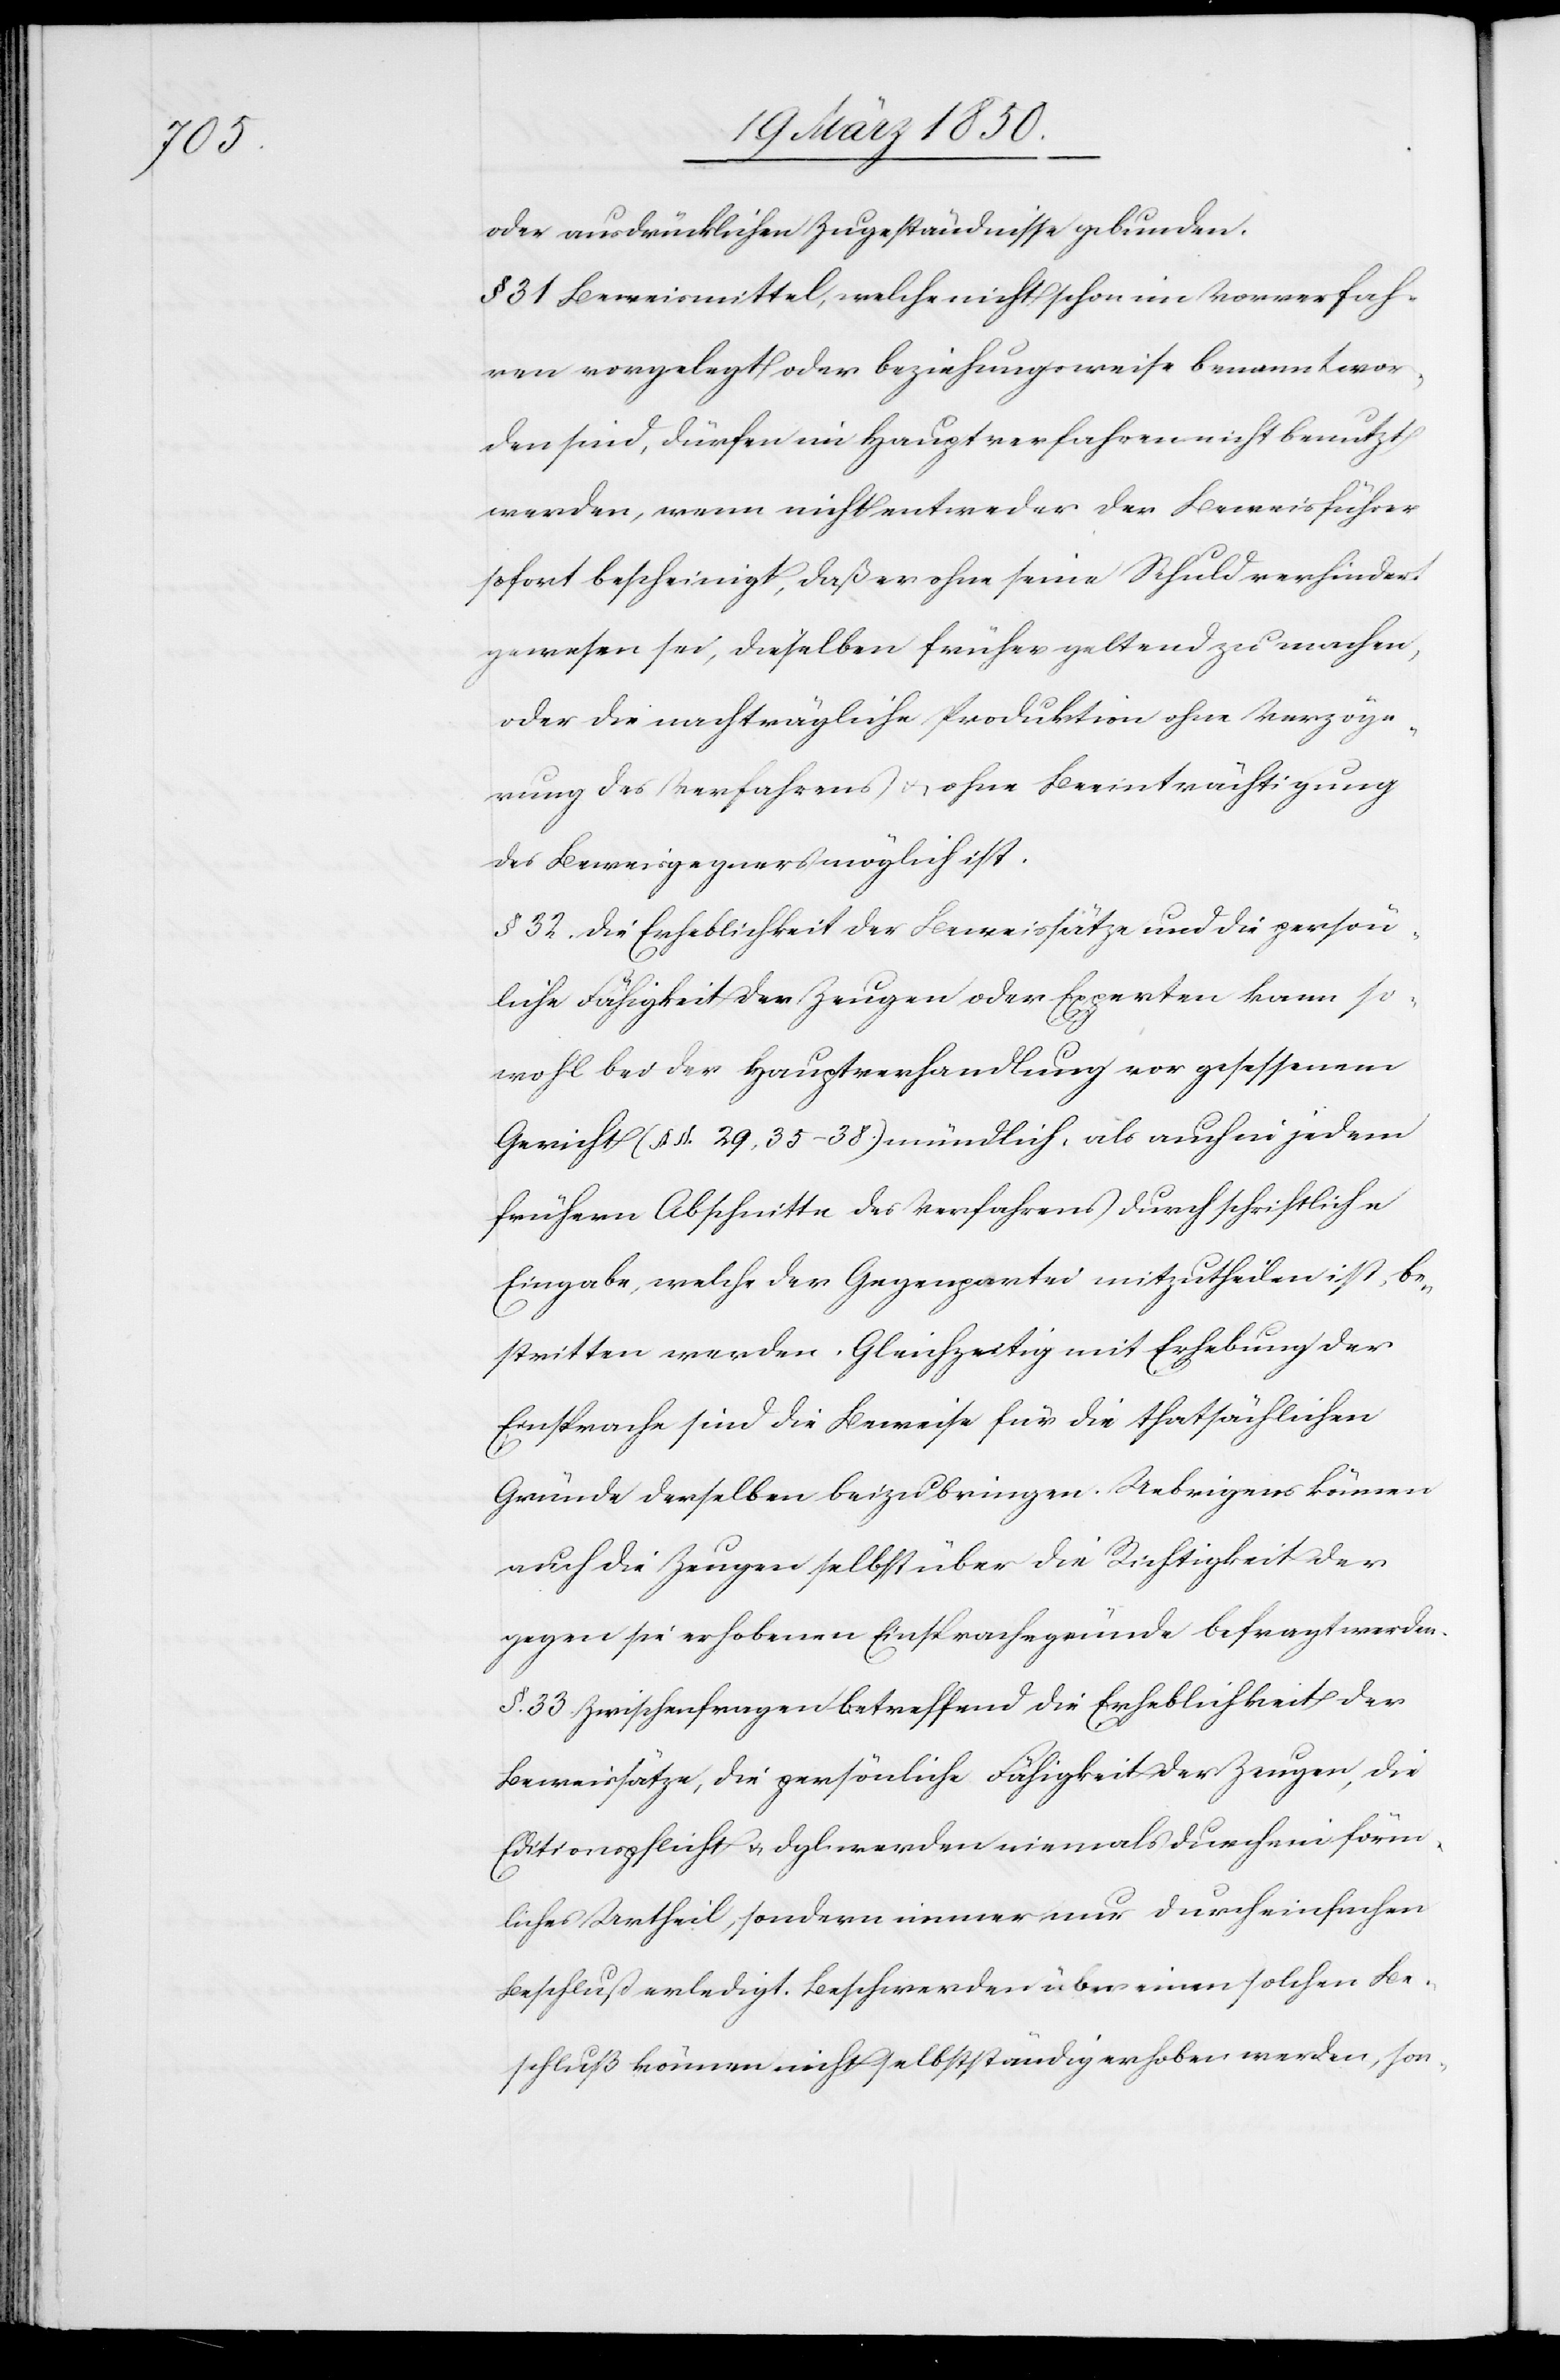
oder ausdrücklichen Zugeständnisse gebunden.
§. 31. Beweismittel, welche nicht schon im Vorverfah¬
ren vorgelegt oder beziehungsweise benannt wor¬
den sind, dürfen im Hauptverfahren nicht benutzt
werden, wenn nicht entweder der Beweisführer
sofort bescheinigt, daß er ohne seine Schuld verhindert
gewesen sei, dieselben früher geltend zu machen,
oder die nachträgliche Produktion ohne Verzöge¬
rung des Verfahrens u. ohne Beeinträchtigung
des Beweisgegners möglich ist.
§. 32. Die Erheblichkeit der Beweissätze und die persön¬
liche Fähigkeit der Zeugen oder Experten kann so¬
wohl bei der Hauptverhandlung vor gesessenem
Gericht (§. §. 29, 35–38.) mündlich, als auch in jedem
frühern Abschnitte des Verfahrens durch schriftliche
Eingabe, welche der Gegenpartei mitzutheilen ist, be¬
stritten werden. Gleichzeitig mit Erhebung der
Einsprache sind die Beweise für die thatsächlichen
Gründe derselben beizubringen. Uebrigens können
auch die Zeugen selbst über die Richtigkeit der
gegen sie erhobenen Einsprachegründe befragt werden.
§. 33 Zwischenfragen betreffend die Erheblichkeit der
Beweissätze, die persönliche Fähigkeit der Zeugen, die
Editionspflicht u. dgl. werden niemals durch ein förm¬
liches Urtheil, sondern immer nur durch einfachen
Beschluß erledigt. Beschwerden über einen solchen Be¬
schluß können nicht selbstständig erhoben werden, son-